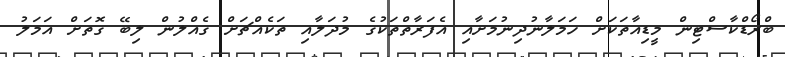
ބްރޯޑްކާސްޓިން މީޑިއާތަކަށް ހަމަލާނުދިނުމަށާއި އެފަރާތްތަކުގެ މުދަލާއި ތަކެއްޗަށް ގެއްލުން ލިބޭ ގޮތަށް އަމަލު